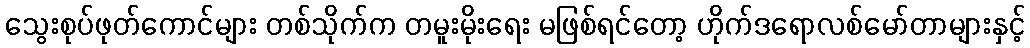
သွေးစုပ်ဖုတ်ကောင်များ တစ်သိုက်က တမူးမိုးရေး မဖြစ်ရင်တော့ ဟိုက်ဒရောလစ်မော်တာများနှင့်